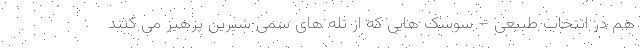
هم در انتخاب طبیعی – سوسک هایی که از تله های سمی شیرین پرهیز می کنند